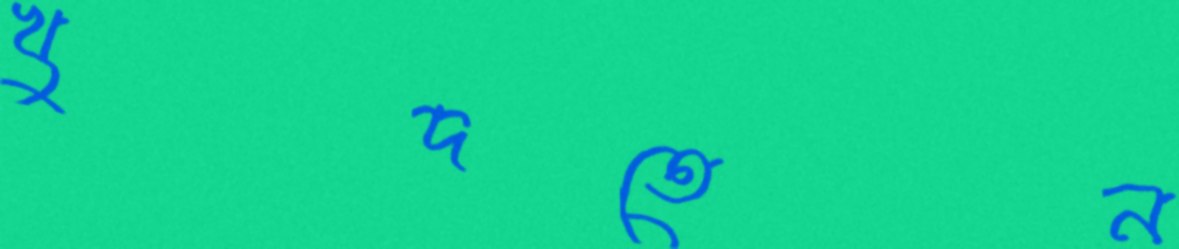
খুদতেন